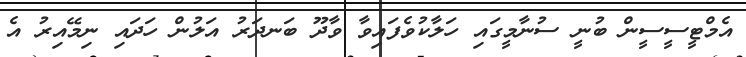
އެމްޓީސީސީން ބުނީ ސުނާމީގައި ހަލާކުވެފައިވާ ވާދޫ ބަނދަރު އަލުން ހަދައި ނިމޭއިރު އެ